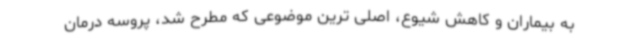
به بیماران و کاهش شیوع، اصلی ترین موضوعی که مطرح شد، پروسه درمان